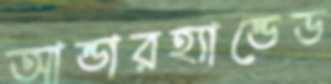
আন্ডারহ্যান্ডেড